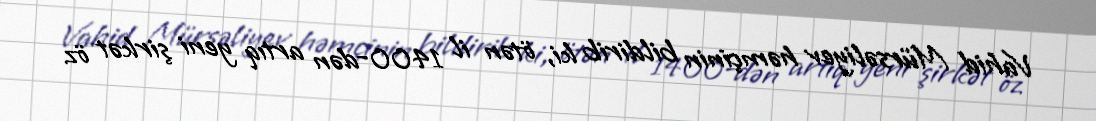
Vahid Mürsəliyev həmçinin bildirib ki, ötən il 1400-dən artıq yeni şirkət öz